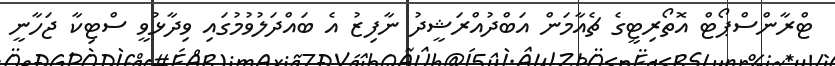
ޓްރާންސްޕޯޓް އޮތޯރިޓީގެ ޗެއާމަން އަބްދުުއްރަޝީދު ނާފިޒު އެ ބައްދަލުވުމުގައި ވިދާޅުވީ ސްޓިކާ ޖަހާނީ